Vaccination in the Punjab 1867-1880 - 1867-1880
Year: 1867
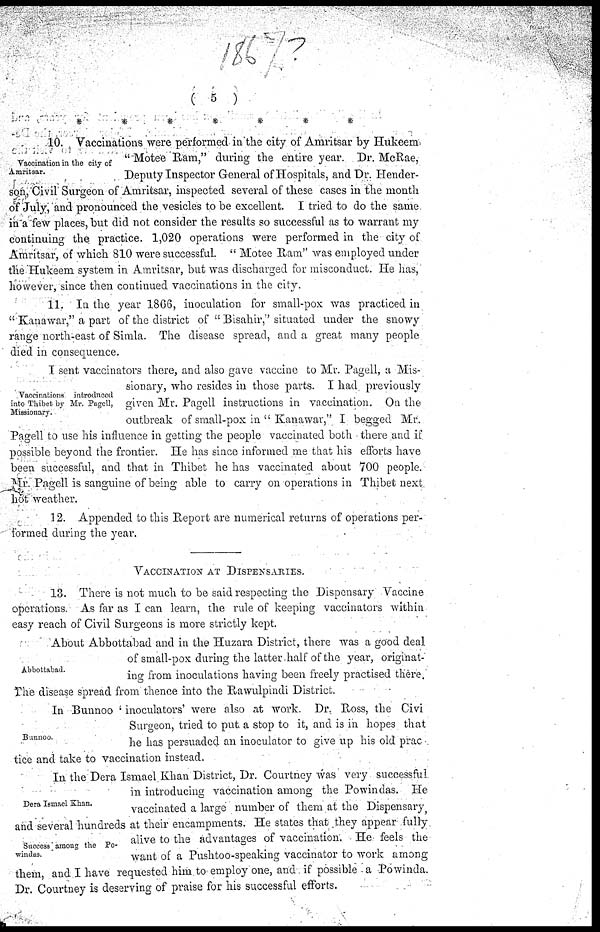
( 5 )
*
*
*
*
*
*
*
Vaccination in the city of
Amritsar.
10. Vaccinations were performed in the city of Amritsar by Hukeem
"Motee Ram," during the entire year. Dr. McRae,
Deputy Inspector General of Hospitals, and Dr. Hender-
son, Civil Surgeon of Amritsar, inspected several of these cases in the month
of July, and pronounced the vesicles to be excellent. I tried to do the same
in a few places, but did not consider the results so successful as to warrant my
continuing the practice. 1,020 operations were performed in the city of
Amritsar, of which 810 were successful. " Motee Ram" was employed under
the Hukeem system in Amritsar, but was discharged for misconduct. He has,
however, since then continued vaccinations in the city.
11. In the year 1866, inoculation for small-pox was practiced in
" Kanawar," a part of the district of "Bisahir," situated under the snowy
range north-east of Simla. The disease spread, and a great many people
died in consequence.
Vaccinations introdneed
into Thibet by Mr. Pagell,
Missionary.
I sent vaccinators there, and also gave vaccine to Mr. Pagell, a Mis-
sionary, who resides in those parts. I had previously
given Mr. Pagell instructions in vaccination. On the
outbreak of small-pox in " Kanawar," I begged Mr.
Pagell to use his influence in getting the people vaccinated both there and if
possible beyond the frontier. He has since informed me that his efforts have
been successful, and that in Thibet he has vaccinated about 700 people.
Mr. Pagell is sanguine of being able to carry on operations in Thibet next
hot weather.
12. Appended to this Report are numerical returns of operations per-
formed during the year.
VACCINATION AT DISPENSARIES.
13. There is not much to be said respecting the Dispensary Vaccine
operations. As far as I can learn, the rule of keeping vaccinators within
easy reach of Civil Surgeons is more strictly kept.
Abbottabad.
About Abbottabad and in the Huzara District, there was a good deal
of small-pox during the latter.half of the year, originat-
ing from inoculations having been freely practised there.
The disease spread from thence into the Rawulpindi District.
Bunnoo.
In Bunnoo ' inoculators' were also at work. Dr. Ross, the Civi
Surgeon, tried to put a stop to it, and is in hopes that
he has persuaded an inoculator to give up his old prac
tice and take to vaccination instead.
Dera Ismael Khan.
Success among the Po-
windas.
In the Dera Ismael Khan District, Dr. Courtney was very successful
in introducing vaccination among the Powinrequested him to employ one, and das. He
vaccinated a large number of them at the Dispensary
and several hundreds at their encampments. He states that they appear fully
alive to the advantages of vaccination. He feels the
want of a Pushtoo-speaking vaccinator to work among
them, and I have requested him to employ one, and if possible a Powinda.
Dr. Courtney is deserving of praise for his successful efforts.